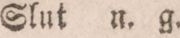
Slut u. g.